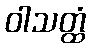
ဝါသတ္ထံ